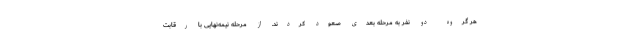
هر گروه دو نفر به مرحله بعدی صعود کردند. از مرحله نیمه‌نهایی با رقابت